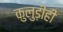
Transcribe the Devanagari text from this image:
कुलुड़ीही